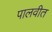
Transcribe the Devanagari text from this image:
पालवीत